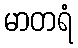
မာတရံ